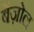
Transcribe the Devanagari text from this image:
बेंज़ोल